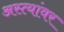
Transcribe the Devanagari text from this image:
अस्त्यांवर